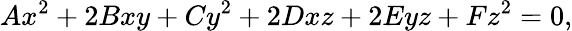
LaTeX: Ax^{2}+2Bxy+Cy^{2}+2Dxz+2Eyz+Fz^{2}=0,